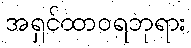
အရှင်ထာဝရဘုရား